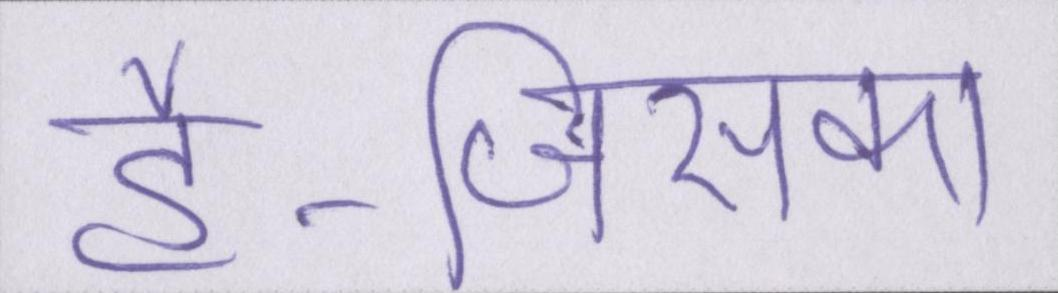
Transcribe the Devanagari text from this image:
है-जिसका